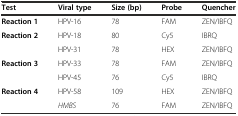
<table><thead><tr><td><b>Test</b></td><td><b>Viral type</b></td><td><b>Size (bp)</b></td><td><b>Probe</b></td><td><b>Quencher</b></td></tr></thead><tbody><tr><td><b>Reaction 1</b></td><td>HPV-16</td><td>78</td><td>FAM</td><td>ZEN/IBFQ</td></tr><tr><td rowspan="2"><b>Reaction 2</b></td><td>HPV-18</td><td>80</td><td>Cy5</td><td>IBRQ</td></tr><tr><td>HPV-31</td><td>78</td><td>HEX</td><td>ZEN/IBFQ</td></tr><tr><td rowspan="2"><b>Reaction 3</b></td><td>HPV-33</td><td>78</td><td>FAM</td><td>ZEN/IBFQ</td></tr><tr><td>HPV-45</td><td>76</td><td>Cy5</td><td>IBRQ</td></tr><tr><td rowspan="2"><b>Reaction 4</b></td><td>HPV-58</td><td>109</td><td>HEX</td><td>ZEN/IBFQ</td></tr><tr><td><i>HMBS</i></td><td>76</td><td>FAM</td><td>ZEN/IBFQ</td></tr></tbody></table>